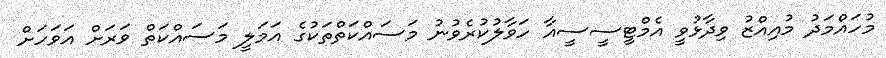
މުހައްމަދު މުއިއްޒު ވިދާޅުވީ އެމްޓީސީސީއާ ހަވާލުކުރެވުނު މަސައްކަތްތަކުގެ އަމަލީ މަސައްކަތް ވަރަށް އަވަހަށް